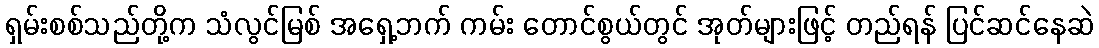
ရှမ်းစစ်သည်တို့က သံလွင်မြစ် အရှေ့ဘက် ကမ်း တောင်စွယ်တွင် အုတ်များဖြင့် တည်ရန် ပြင်ဆင်နေဆဲ